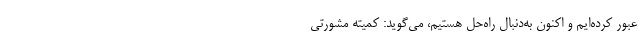
عبور کرده‌ایم و اکنون به‌دنبال راه‌حل هستیم، می‌گوید: کمیته مشورتی